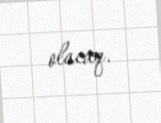
olacaq.